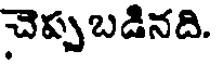
చెప్పుబడినది.